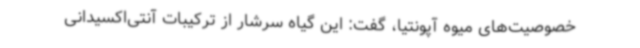
خصوصیت‌های میوه آپونتیا، گفت: این گیاه سرشار از ترکیبات آنتی‌اکسیدانی